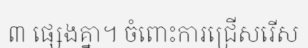
៣ ផ្សេងគ្នា។ ចំពោះការជ្រើសរើស